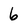
Character: 6